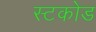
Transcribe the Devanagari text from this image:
स्टकोड